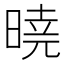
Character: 𣉊